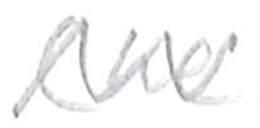
Text: (he
Cross-out: zig-zag
Writing tool: pencil